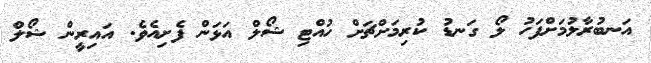
އަނބުރާލުމަށްފަހު ލޯ ގަނޑު ކުރިމަށްޗަށް ހުއްޓި ޝޯލް އަޅަން ފެށިއެވެ. އައިރީން ޝޯލް